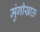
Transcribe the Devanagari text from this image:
मुंगीखाऊ